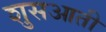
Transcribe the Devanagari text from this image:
शुसआती